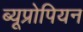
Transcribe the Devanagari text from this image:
ब्यूप्रोपियन